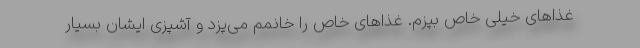
غذاهای خیلی خاص بپزم. غذاهای خاص را خانمم می‌پزد و آشپزی ایشان بسیار